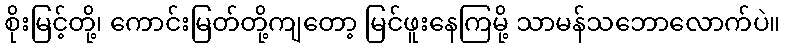
စိုးမြင့်တို့၊ ကောင်းမြတ်တို့ကျတော့ မြင်ဖူးနေကြမို့ သာမန်သဘောလောက်ပဲ။